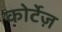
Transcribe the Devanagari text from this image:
कोर्टेज़